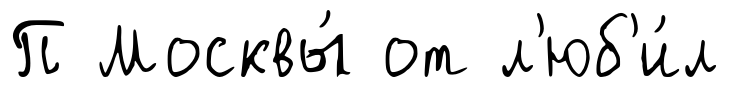
П Москвы́ от л'юб'и́л